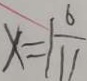
x = 1 \frac { 6 } { 1 1 }